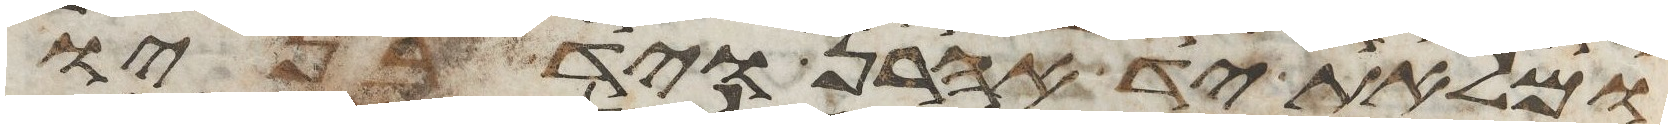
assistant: ומלאת יד אהרן ויד בניו